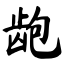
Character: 龅